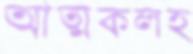
আত্মকলহ